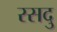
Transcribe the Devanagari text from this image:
रसदु